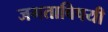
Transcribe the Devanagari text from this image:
जगताविषयी